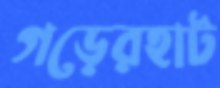
গড়েরহাট